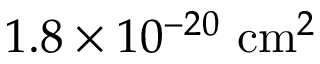
1 . 8 \times 1 0 ^ { - 2 0 } ~ \mathrm { c m } ^ { 2 }